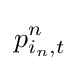
p_{i_{n},t}^{n}